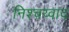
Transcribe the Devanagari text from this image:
निश्चय्वाद